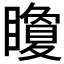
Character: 矎